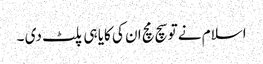
اسلام نے تو سچ مچ ان کی کایا ہی پلٹ دی ۔